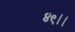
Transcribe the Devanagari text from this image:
४९।।